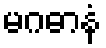
မဂဓာနံ